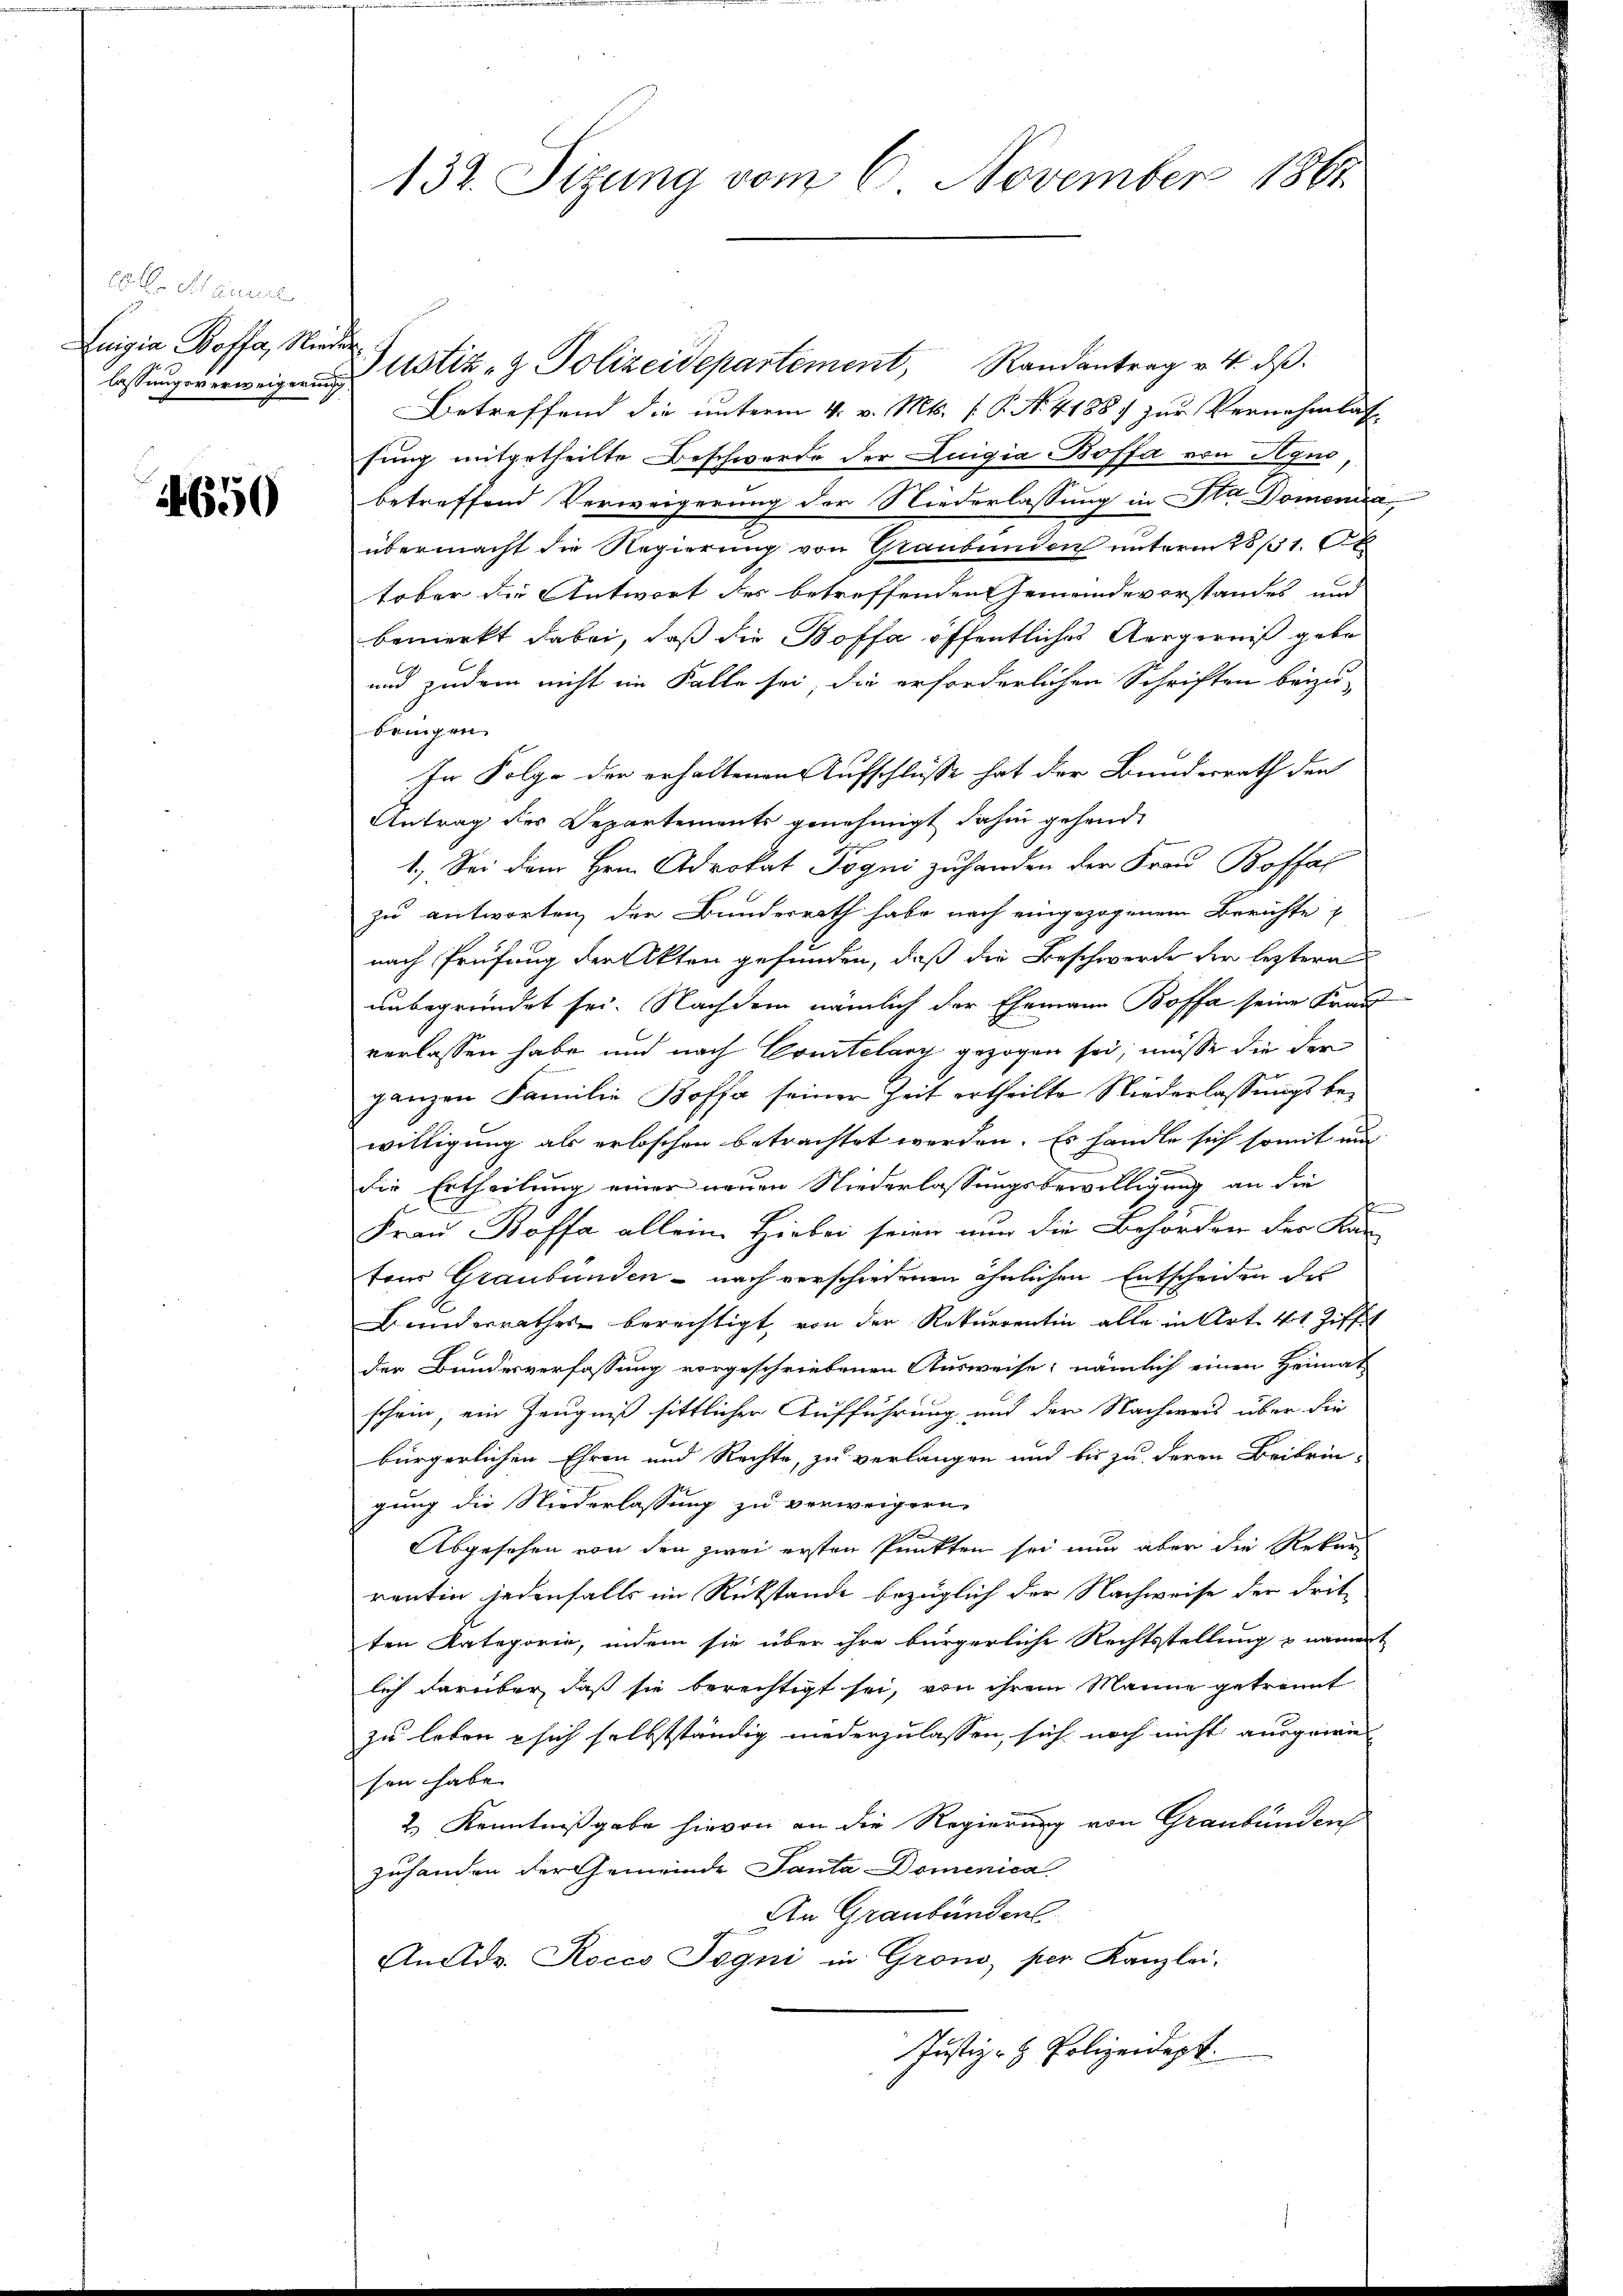
Eberlicher
Luigia Poffe, Nieder

4650

132. Sizung vom 6 November 1861

Betreffend die unterm 4. v. Mts. f. P. No. 41887 zur Vernehmlassung mitgetheilte Beschwerde der Luigia Boffa von Hyno,
betreffend Verweigerung der Niederlassung in Sta Domenia
übermacht die Regierung von Graubünden unterm 28/1. A
tober die Antwort der betreffenden Gemeindevorstandes und
bemerkt dabei, daß die Boffa öffentliches Aergerniß gebe
und zudem nicht im Falle sei, die erforderlichen Schriften beizu-
bringen
In Folge der erhaltenen Aufschlüsse hat der Bundesrath den
Antrag des Departements genehmigt dahin gehend,
1.) Sei dem Hern Advokat Pogni zuhanden der Frau Boffal
zu antworten, der Bundesrath habe nach eingezogenem Berichte
nach Prüfung der Akten gefunden, daß die Beschwerde der leztere
unbegründet sei. Nachdem nämlich der Ehemann Boffa seine Frau
verlassen habe und nach Comtelang gezogen sei, müsse die der
ganzen Familie Boffa seiner Zeit ertheilte Niederlassungs bewilligung als erloschen betrachtet werden. Es handle sich somit ein

die Ertheilung einer neuen Niederlassungsbewilligung an die
Frau Boffa alleine Hiebei seien nun die Behörden der Kan-
teur Graubünden - nach verschiedenen ähnlichen Entscheiden des
Bunderrathes berechtigt, von der Rekurrentin alle in Art. 41 Ziff
der Bundesverfassung vorgeschriebenen Ausweise, nämlich einen Heimat
schein, ein Zeugniß sittlicher Aufführung und der Nachweis über die
bürgerlichen Ehren und Rechte, zu verlangen und bis zu deren Beibrin-
gung die Niederlassung zu verweigern
Abgesehen von den zwei ersten Punkten sei nun aber die Rekur
rentin jedenfalls im Rückstände bezüglich der Nachweise der dritten Kategorie, indem sie über ihre bürgerliche Rechtsstellung & nament
lich darüber, daß sie berechtigt sei, von ihrem Manne getrennt
zu leben & sich selbstständig niederzulassen, sich noch nicht ausgewis
sen habe. |
2.) Kenntnißgabe hievon an die Regierung von Graubünden
zuhanden der Gemeinde Santa Domenica
An Graubünden
Andr. Rocco ogni in Grono, per Kanzlei-
Justiz- & Polizeidept.

lassŭngsverweigen Astiz- & Polizeidepartement, Randantrag v. 4. dβ.